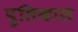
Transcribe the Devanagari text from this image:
पुलिकाल